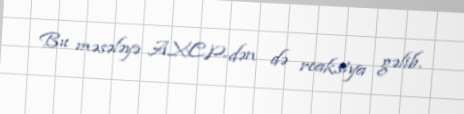
Bu məsələyə AXCP-dən də reaksiya gəlib.